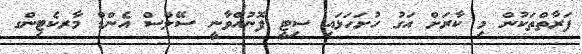
ފަރާތްތަކުން މި ކާރަށް އަގު ހުށަހަޅައި ސިޓީ ފޮނުއްވާނީ ސޭލްސް އެންޑް މާރކެޓިންގ